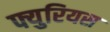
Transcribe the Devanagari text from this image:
फ्युरियस